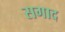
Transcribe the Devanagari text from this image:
सगाद